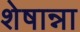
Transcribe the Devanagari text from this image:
शेषान्ना